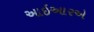
આઇઆરએ